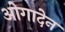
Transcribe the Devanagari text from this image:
ओगादेन